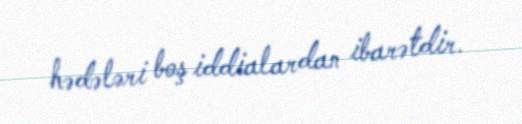
hədələri boş iddialardan ibarətdir.